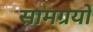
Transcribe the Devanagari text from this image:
सामग्रयों